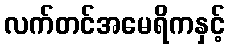
လက်တင်အမေရိကနှင့်